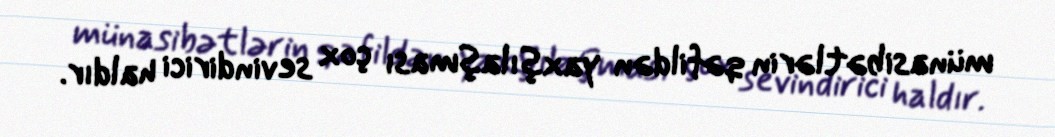
münasibətlərin qəfildən yaxşılaşması çox sevindirici haldır.